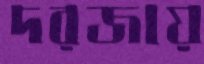
দরজায়